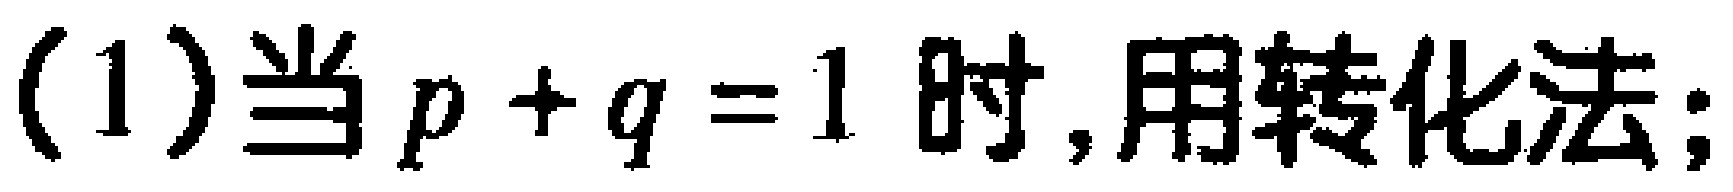
(1)当\(p + q = 1\)时,用转化法;